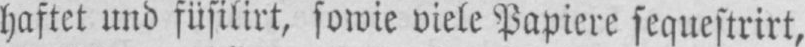
haftet und füsilirt, sowie viele Papiere sequestrirt,